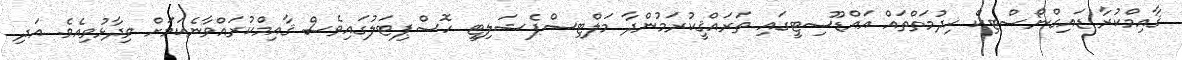
ޤާއިމްކުރާ ޑައިގްނޯސްޓިކް ޚިދުމަތްތައް އައްޑޫސިޓީގައި ތަރައްޤީކުރަމުންދާ މަަލްޓިސްޕެޝަލިޓީ ހޮސްޕިޓަލުގައިވެސް ޤާއިމްކުރައްވާނެކަމަށް ވިދާޅުވިއެވެ. އަދި